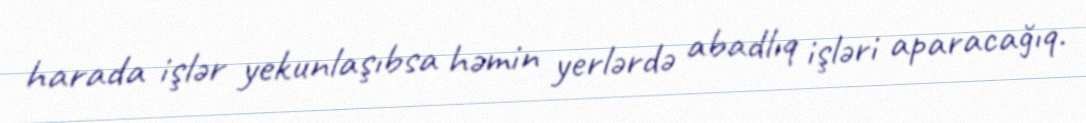
harada işlər yekunlaşıbsa həmin yerlərdə abadlıq işləri aparacağıq.